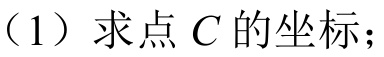
（1）求点\(C\)的坐标；